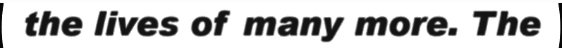
the lives of many more. The